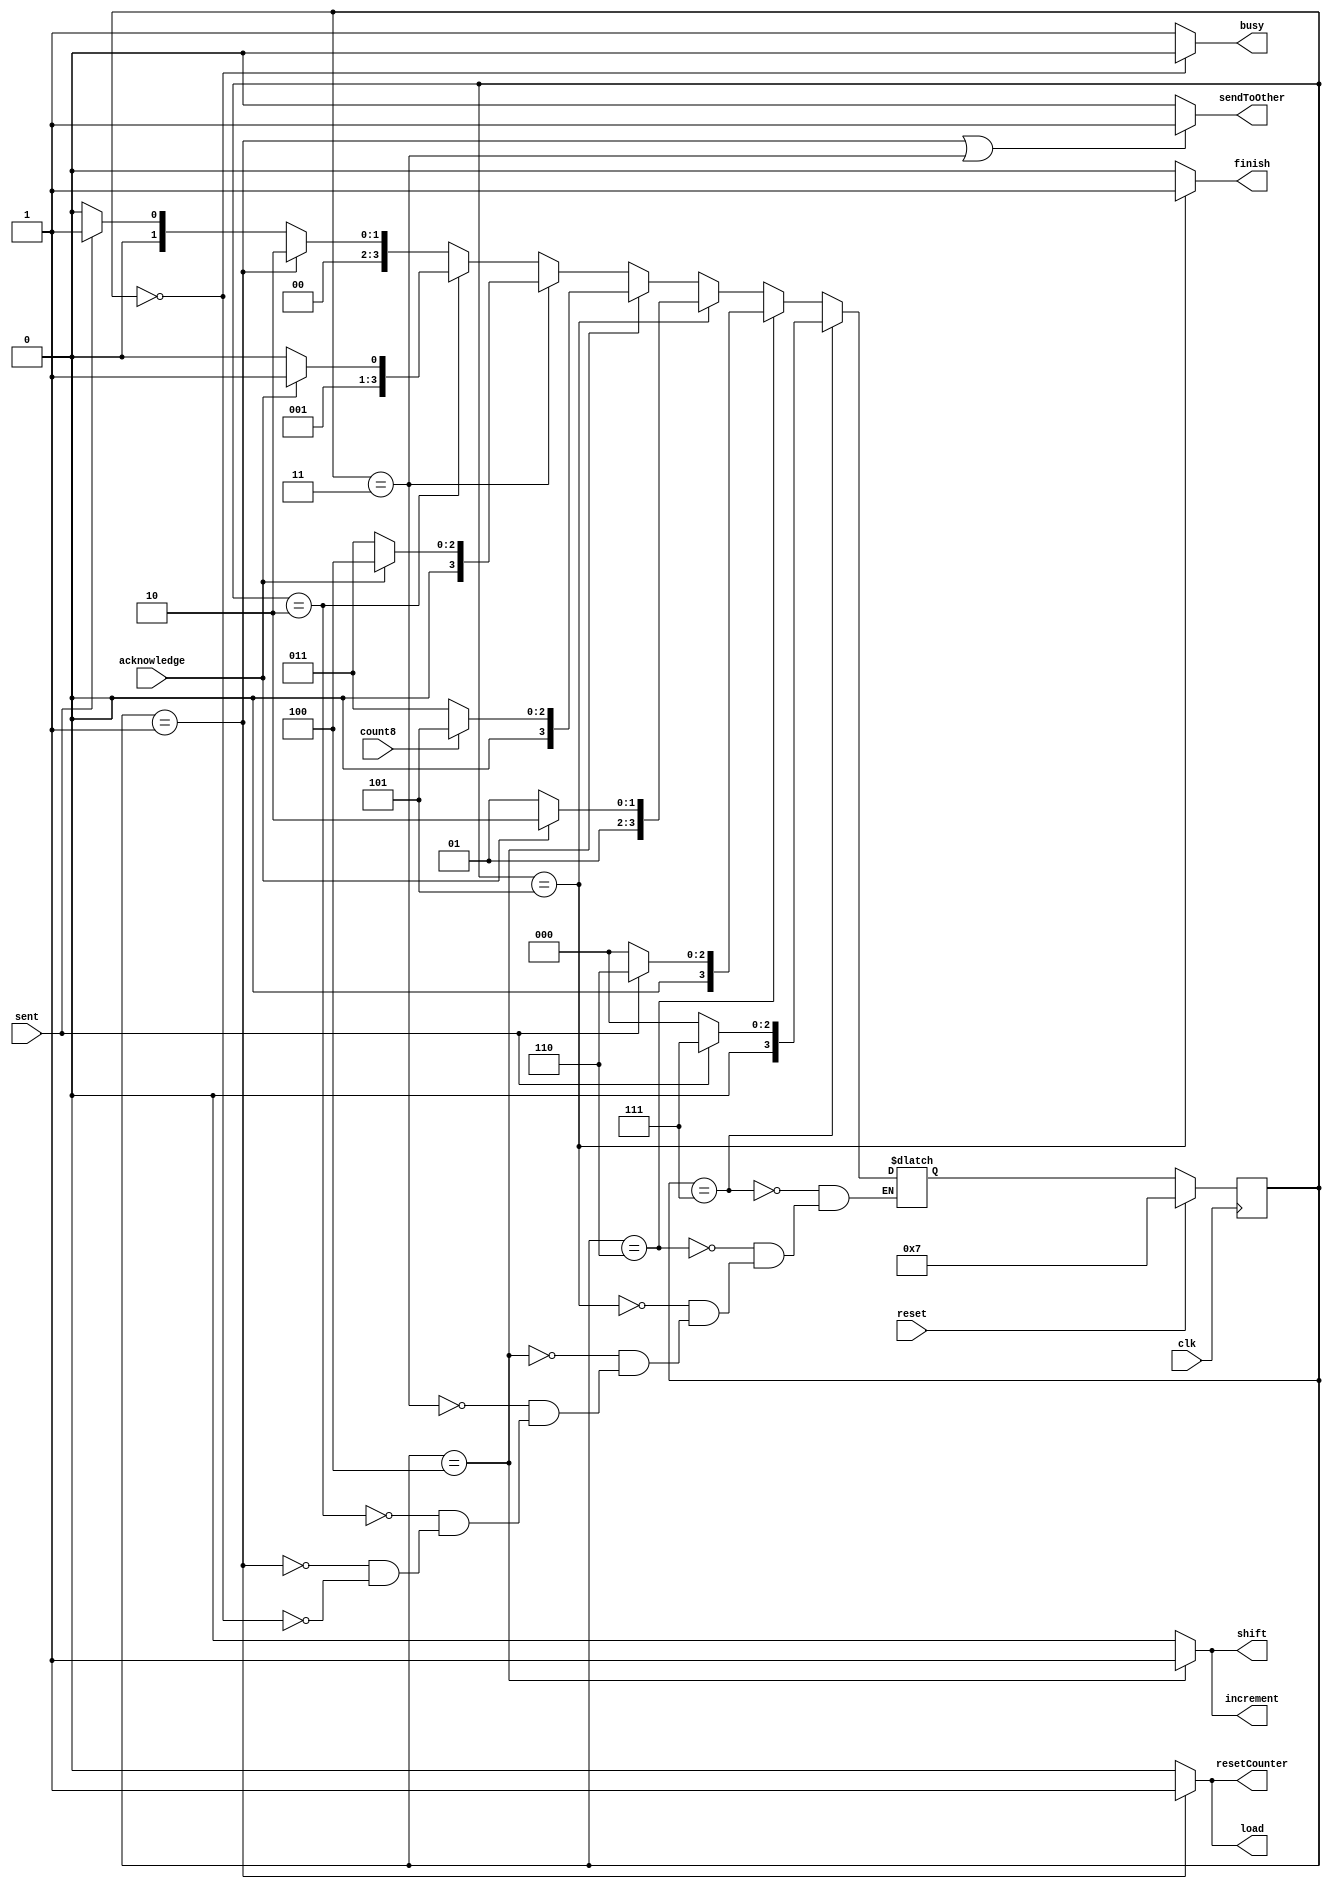
module fpga_transmitter_state(busy,finish,sendToOther,resetCounter,increment,load,shift,sent,acknowledge,count8,clk,reset);
output busy,finish,sendToOther,resetCounter,increment,load,shift;
input sent,acknowledge,count8,clk,reset;

reg[3:0] ps;
reg[3:0] ns;
reg busy,finish,sendToOther,resetCounter,increment,load,shift;

always @(posedge clk)
begin
	if(reset)ps=7;
	else ps = ns;
end

always @(sent or acknowledge or count8 or ps)
begin
	if(ps == 0)ns = (sent)?1:0;
	if(ps == 1)ns = 2;
	if(ps == 2)ns = (acknowledge)?3:2;
	if(ps == 3)ns = (acknowledge)?4:3;
	if(ps == 4)ns = (count8)?5:3;
	if(ps == 5)ns = (acknowledge)?6:5;
	if(ps == 6)ns = (sent)?6:0;
	if(ps == 7)ns = (sent)?7:0;
end

always @(ps)
begin
	if(ps == 1)load = 1;
	else load = 0;
	if(ps == 1 || ps == 3)sendToOther = 1;
	else sendToOther = 0;
	if(ps == 1)resetCounter = 1;
	else resetCounter = 0;
	if(ps == 4)shift=1;
	else shift = 0;
	if(ps == 4)increment = 1;
	else increment = 0;
	if(ps == 5)finish = 1;
	else finish = 0;
	if(ps == 0)busy = 0;
	else busy = 1;
end

endmodule